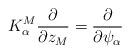
LaTeX: \begin{align*}K^M_\alpha \frac{\partial}{\partial z_M} = \frac{\partial}{\partial\psi_\alpha}\end{align*}